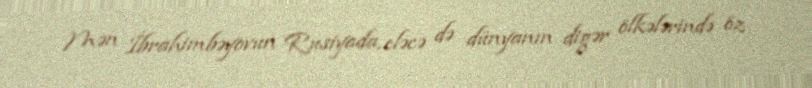
Mən İbrahimbəyovun Rusiyada, eləcə də dünyanın digər ölkələrində öz